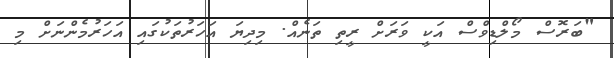
"ބަރޮސް މޯލްޑިވްސް އަކީ ވަރަށް ރީތި ތަނެއް. މިދިޔަ އަހަރުތަކުގައި އަހަރުމެންނަށް މި